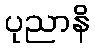
ပုညာနိ